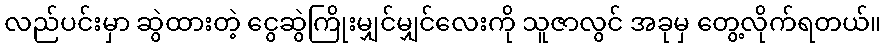
လည်ပင်းမှာ ဆွဲထားတဲ့ ငွေဆွဲကြိုးမျှင်မျှင်လေးကို သူဇာလွင် အခုမှ တွေ့လိုက်ရတယ်။